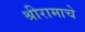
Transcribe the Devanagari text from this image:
श्रीरामाचे